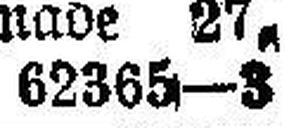
62365—3